Language: tamil
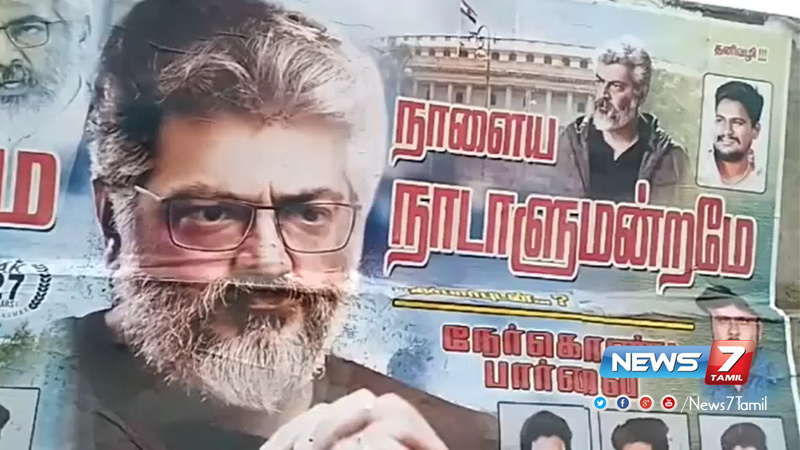
Transcription: தனிவழி நாளைய நாடாளுமன்றமே பார் றோ்கொ